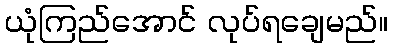
ယုံကြည်အောင် လုပ်ရချေမည်။